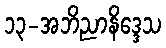
၁၃-အဘိညာနိဒ္ဒေသ